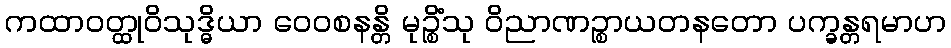
ကထာဝတ္ထုဝိသုဒ္ဓိယာ ဝေဝစနန္တိ မုဉ္စိံသု ဝိညာဏဉ္စာယတနတော ပက္ခန္တရမာဟ